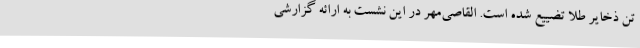
تن ذخایر طلا تضییع شده است. القاصی‌مهر در این نشست به ارائه گزارشی